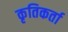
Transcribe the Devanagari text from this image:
कृतिकर्ता